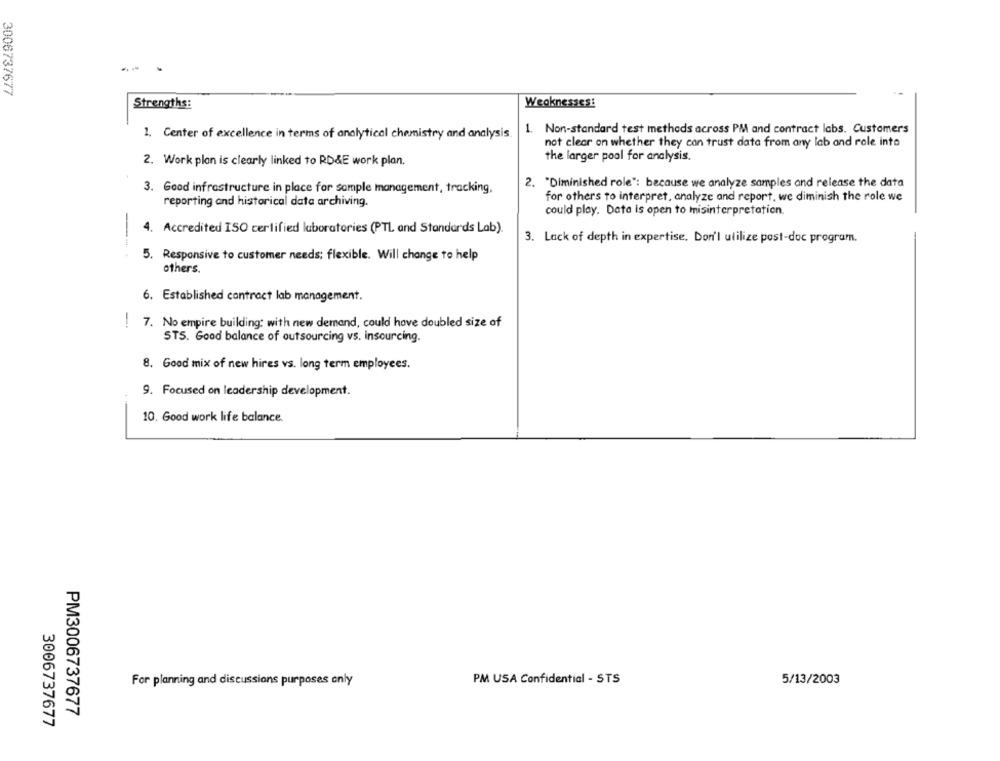
3006737677
Strengths:
Weaknesses:
1. Non-standard test methods across PM and contract labs. Customer's
1. Center of excellence in terms of analytical chemistry and analysis
not clear on whether they can trust data from any lab and role into
the larger pool for analysis.
2. Work plan is clearly linked to RD&E work plan.
3. Good infrastructure in place for sample management, tracking,
2. "Diminished role": because we analyze samples and release the data
for others to interpret, analyze and report, we diminish the role we
reporting and historical data archiving.
could play. Data is open to misinterpretation.
-
4. Accredited ISO certified laboratories (PTL and Standards Lab).
3. Lack of depth in expertise, Don'l utilize post-doc program.
5. Responsive to customer needs; flexible. Will change to help
others.
6. Established contract lab management.
! 7. No empire building: with new demand, could have doubled size of
STS. Good balance of outsourcing vs. insourcing.
8. Good mix of new hires vs. long term employees.
9. Focused on leadership development.
10. Good work life balance.
For planning and discussions purposes only
PM USA Confidential - STS
5/13/2003
PM3006737677
3006737677